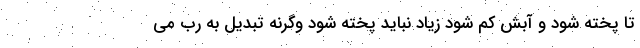
تا پخته شود و آبش کم شود زیاد نباید پخته شود وگرنه تبدیل به رب می